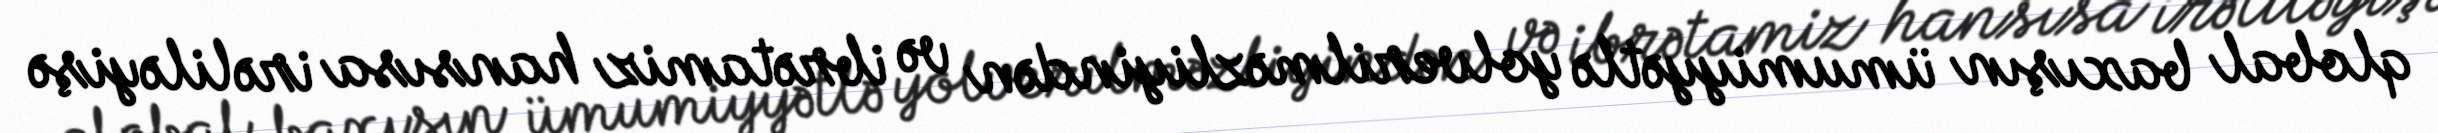
qlobal baxışın ümumiyyətlə yolverilməzliyindən və ibrətamiz hansısa irəliləyişə